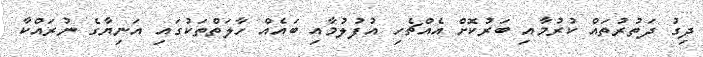
ދިގު ދަތުރުތައް ކުރުމާއި ބަރުކޮށް އެއްޗެހި އުފުލުމާއި ބައެއް ހާލަތްތަކުގައި އަނިޔާގެ ނުރައްކާ